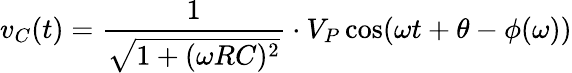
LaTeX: v_{C}(t)={\frac{1}{\sqrt{1+(\omega RC)^{2}}}}\cdot V_{P}\cos(\omega t+\theta-\phi(\omega))